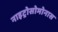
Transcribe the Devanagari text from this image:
नाइट्रोसोमोनास